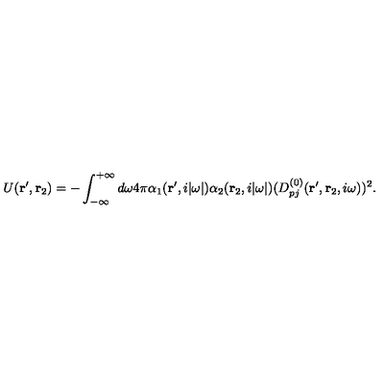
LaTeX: U ( { \bf r } ^ { \prime } , { \bf r } _ { 2 } ) = - \int _ { - \infty } ^ { + \infty } d \omega 4 \pi \alpha _ { 1 } ( { \bf r } ^ { \prime } , i | \omega | ) \alpha _ { 2 } ( { \bf r } _ { 2 } , i | \omega | ) ( D _ { p j } ^ { ( 0 ) } ( { \bf r } ^ { \prime } , { \bf r } _ { 2 } , i \omega ) ) ^ { 2 } .